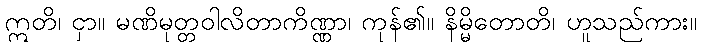
ဣတိ၊ ငှာ။ မဏိမုတ္တဝါလိတာကိဏ္ဏာ၊ ကုန်၏။ နိမ္မိတောတိ၊ ဟူသည်ကား။